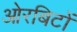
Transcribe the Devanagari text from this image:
ओरबिटों